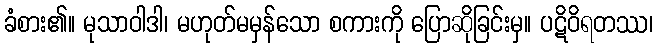
ခံစား၏။ မုသာဝါဒါ၊ မဟုတ်မမှန်သော စကားကို ပြောဆိုခြင်းမှ။ ပဋိဝိရတဿ၊